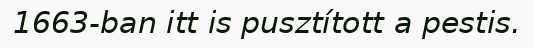
1663-ban itt is pusztított a pestis.